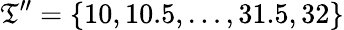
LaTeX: \mathfrak{T}^{\prime\prime}=\{ 10,10.5,\dots,31.5,32\}